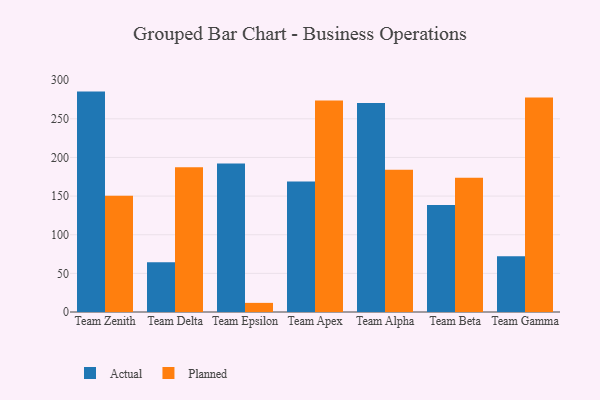
{"axis": {"x": "Team", "y": "Temperature (°C)"}, "legend": ["Actual", "Planned"], "data": [{"x": "Team Zenith", "y": 285.2, "type": "Actual"}, {"x": "Team Zenith", "y": 150.4, "type": "Planned"}, {"x": "Team Delta", "y": 64.3, "type": "Actual"}, {"x": "Team Delta", "y": 187.3, "type": "Planned"}, {"x": "Team Epsilon", "y": 192.0, "type": "Actual"}, {"x": "Team Epsilon", "y": 11.8, "type": "Planned"}, {"x": "Team Apex", "y": 168.8, "type": "Actual"}, {"x": "Team Apex", "y": 273.7, "type": "Planned"}, {"x": "Team Alpha", "y": 270.5, "type": "Actual"}, {"x": "Team Alpha", "y": 184.0, "type": "Planned"}, {"x": "Team Beta", "y": 138.3, "type": "Actual"}, {"x": "Team Beta", "y": 173.8, "type": "Planned"}, {"x": "Team Gamma", "y": 72.3, "type": "Actual"}, {"x": "Team Gamma", "y": 277.6, "type": "Planned"}]}